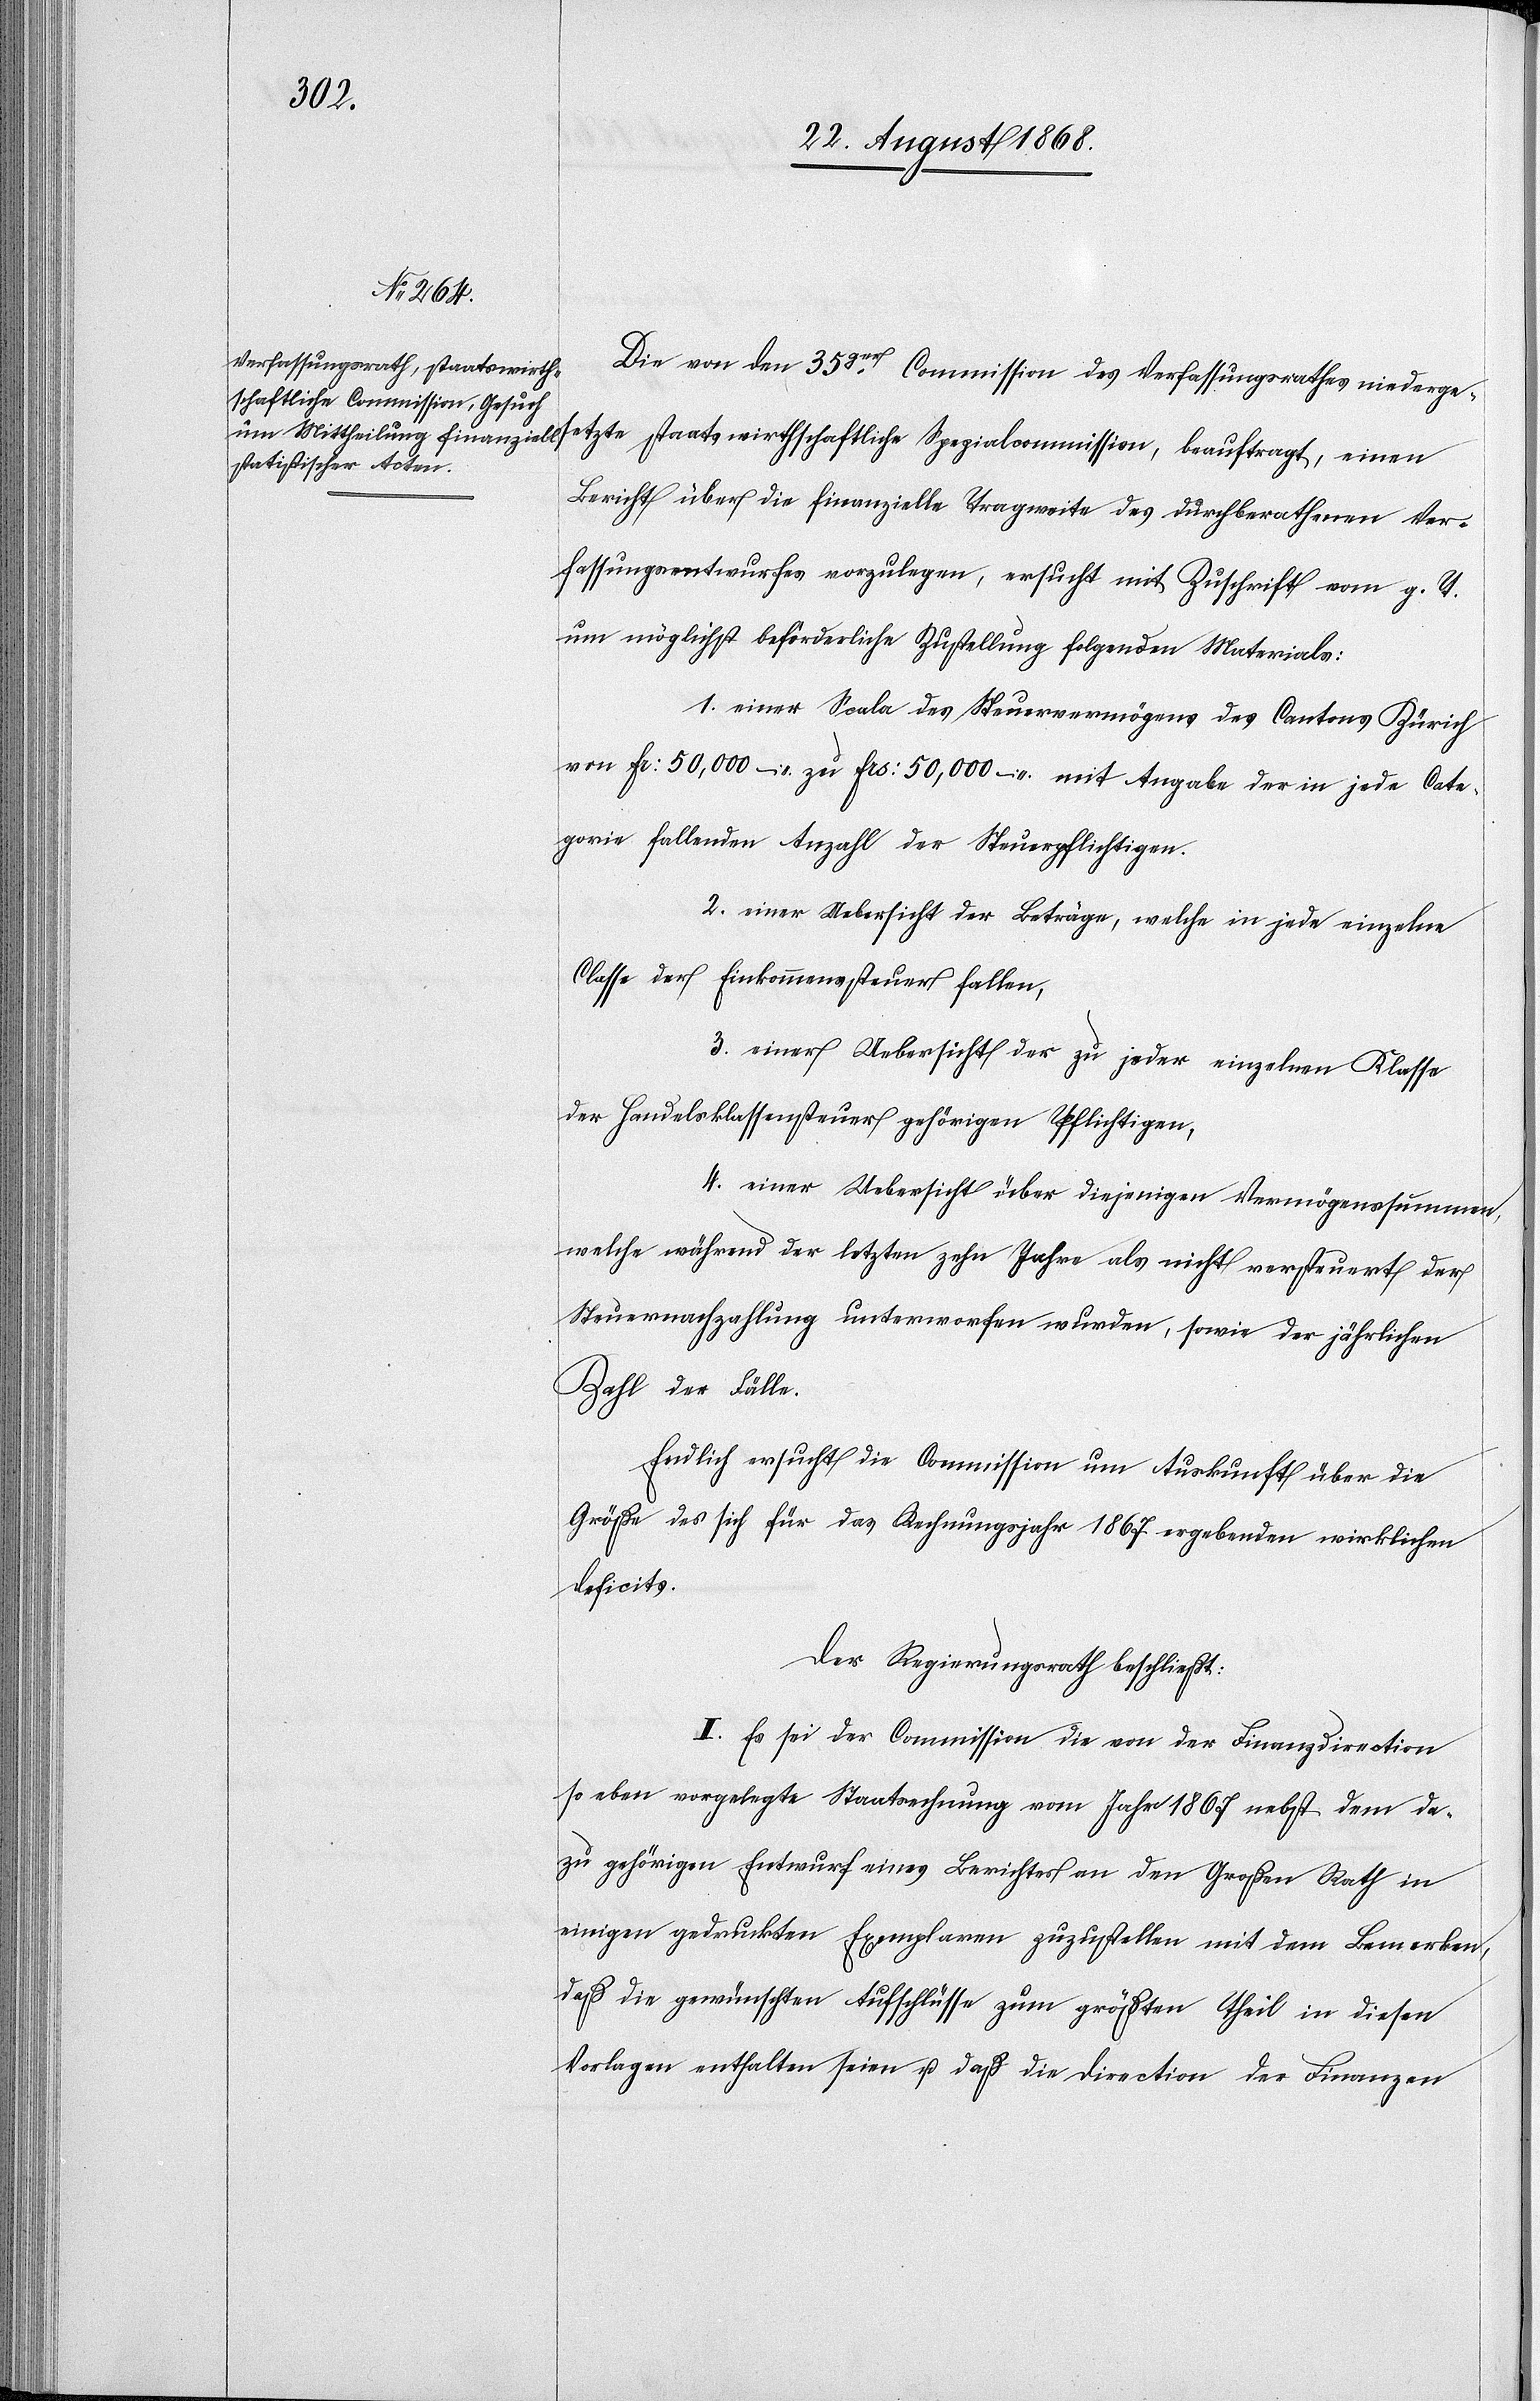
von
Bericht über die finanzielle Tragweite des durchberathenen Ver¬
fassungsentwurfes vorzulegen, ersucht mit Zuschrift vom g. T.
um möglichst beförderliche Zustellung folgenden Materials:
1. einer Scala des Steuervermögens des Cantons Zürich
von Fr: 50,000 – zu Frs: 50,000 – mit Angabe der in jede Cate¬
gorie fallenden Anzahl der Steuerpflichtigen.
2. einer Uebersicht der Beträge, welche in jede einzelne
Classe der Einkommenssteuer fallen,
3. einer Uebersicht der zu jeder einzelnen Klasse
der Handelsklassensteuer gehörigen Pflichtigen,
4. einer Uebersicht über diejenigen Vermögenssummen,
welche während der letzten zehn Jahre als nicht versteuert der
Steuernachzahlung unterworfen wurden, sowie der jährlichen
Zahl der Fälle.
Endlich ersucht die Commission um Auskunft über die
Größe des sich für das Rechnungsjahr 1867 ergebenden wirklichen
Deficits.
Der Regierungsrath beschließt:
I. Es sei der Commission die von der Finanzdirection
so eben vorgelegte Staatsrechnung vom Jahr 1867 nebst dem da¬
zu gehörigen Entwurf eines Berichtes an den Großen Rath in
einigen gedruckten Exemplaren zuzustellen mit dem Bemerken,
daß die gewünschten Aufschlüsse zum größten Theil in diesen
Vorlagen enthalten seien u. daß die Direction der Finanzen